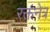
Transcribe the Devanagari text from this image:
रक्तनेत्र